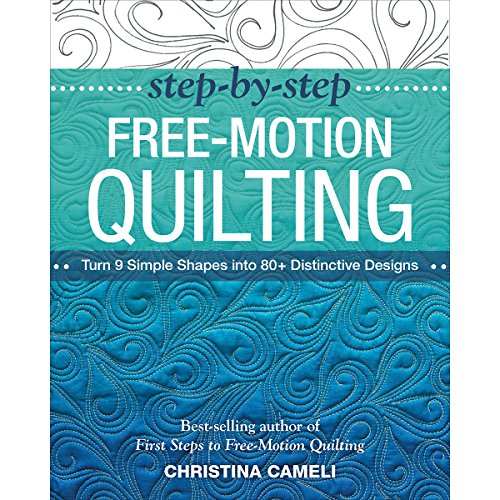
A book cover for Step-by-Step Free-Motion Quilting: Turn 9 Simple Shapes into 80+ Distinctive Designs  Best-selling author of First Steps to Free-Motion Quilting; Christina Cameli; Crafts, Hobbies & Home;